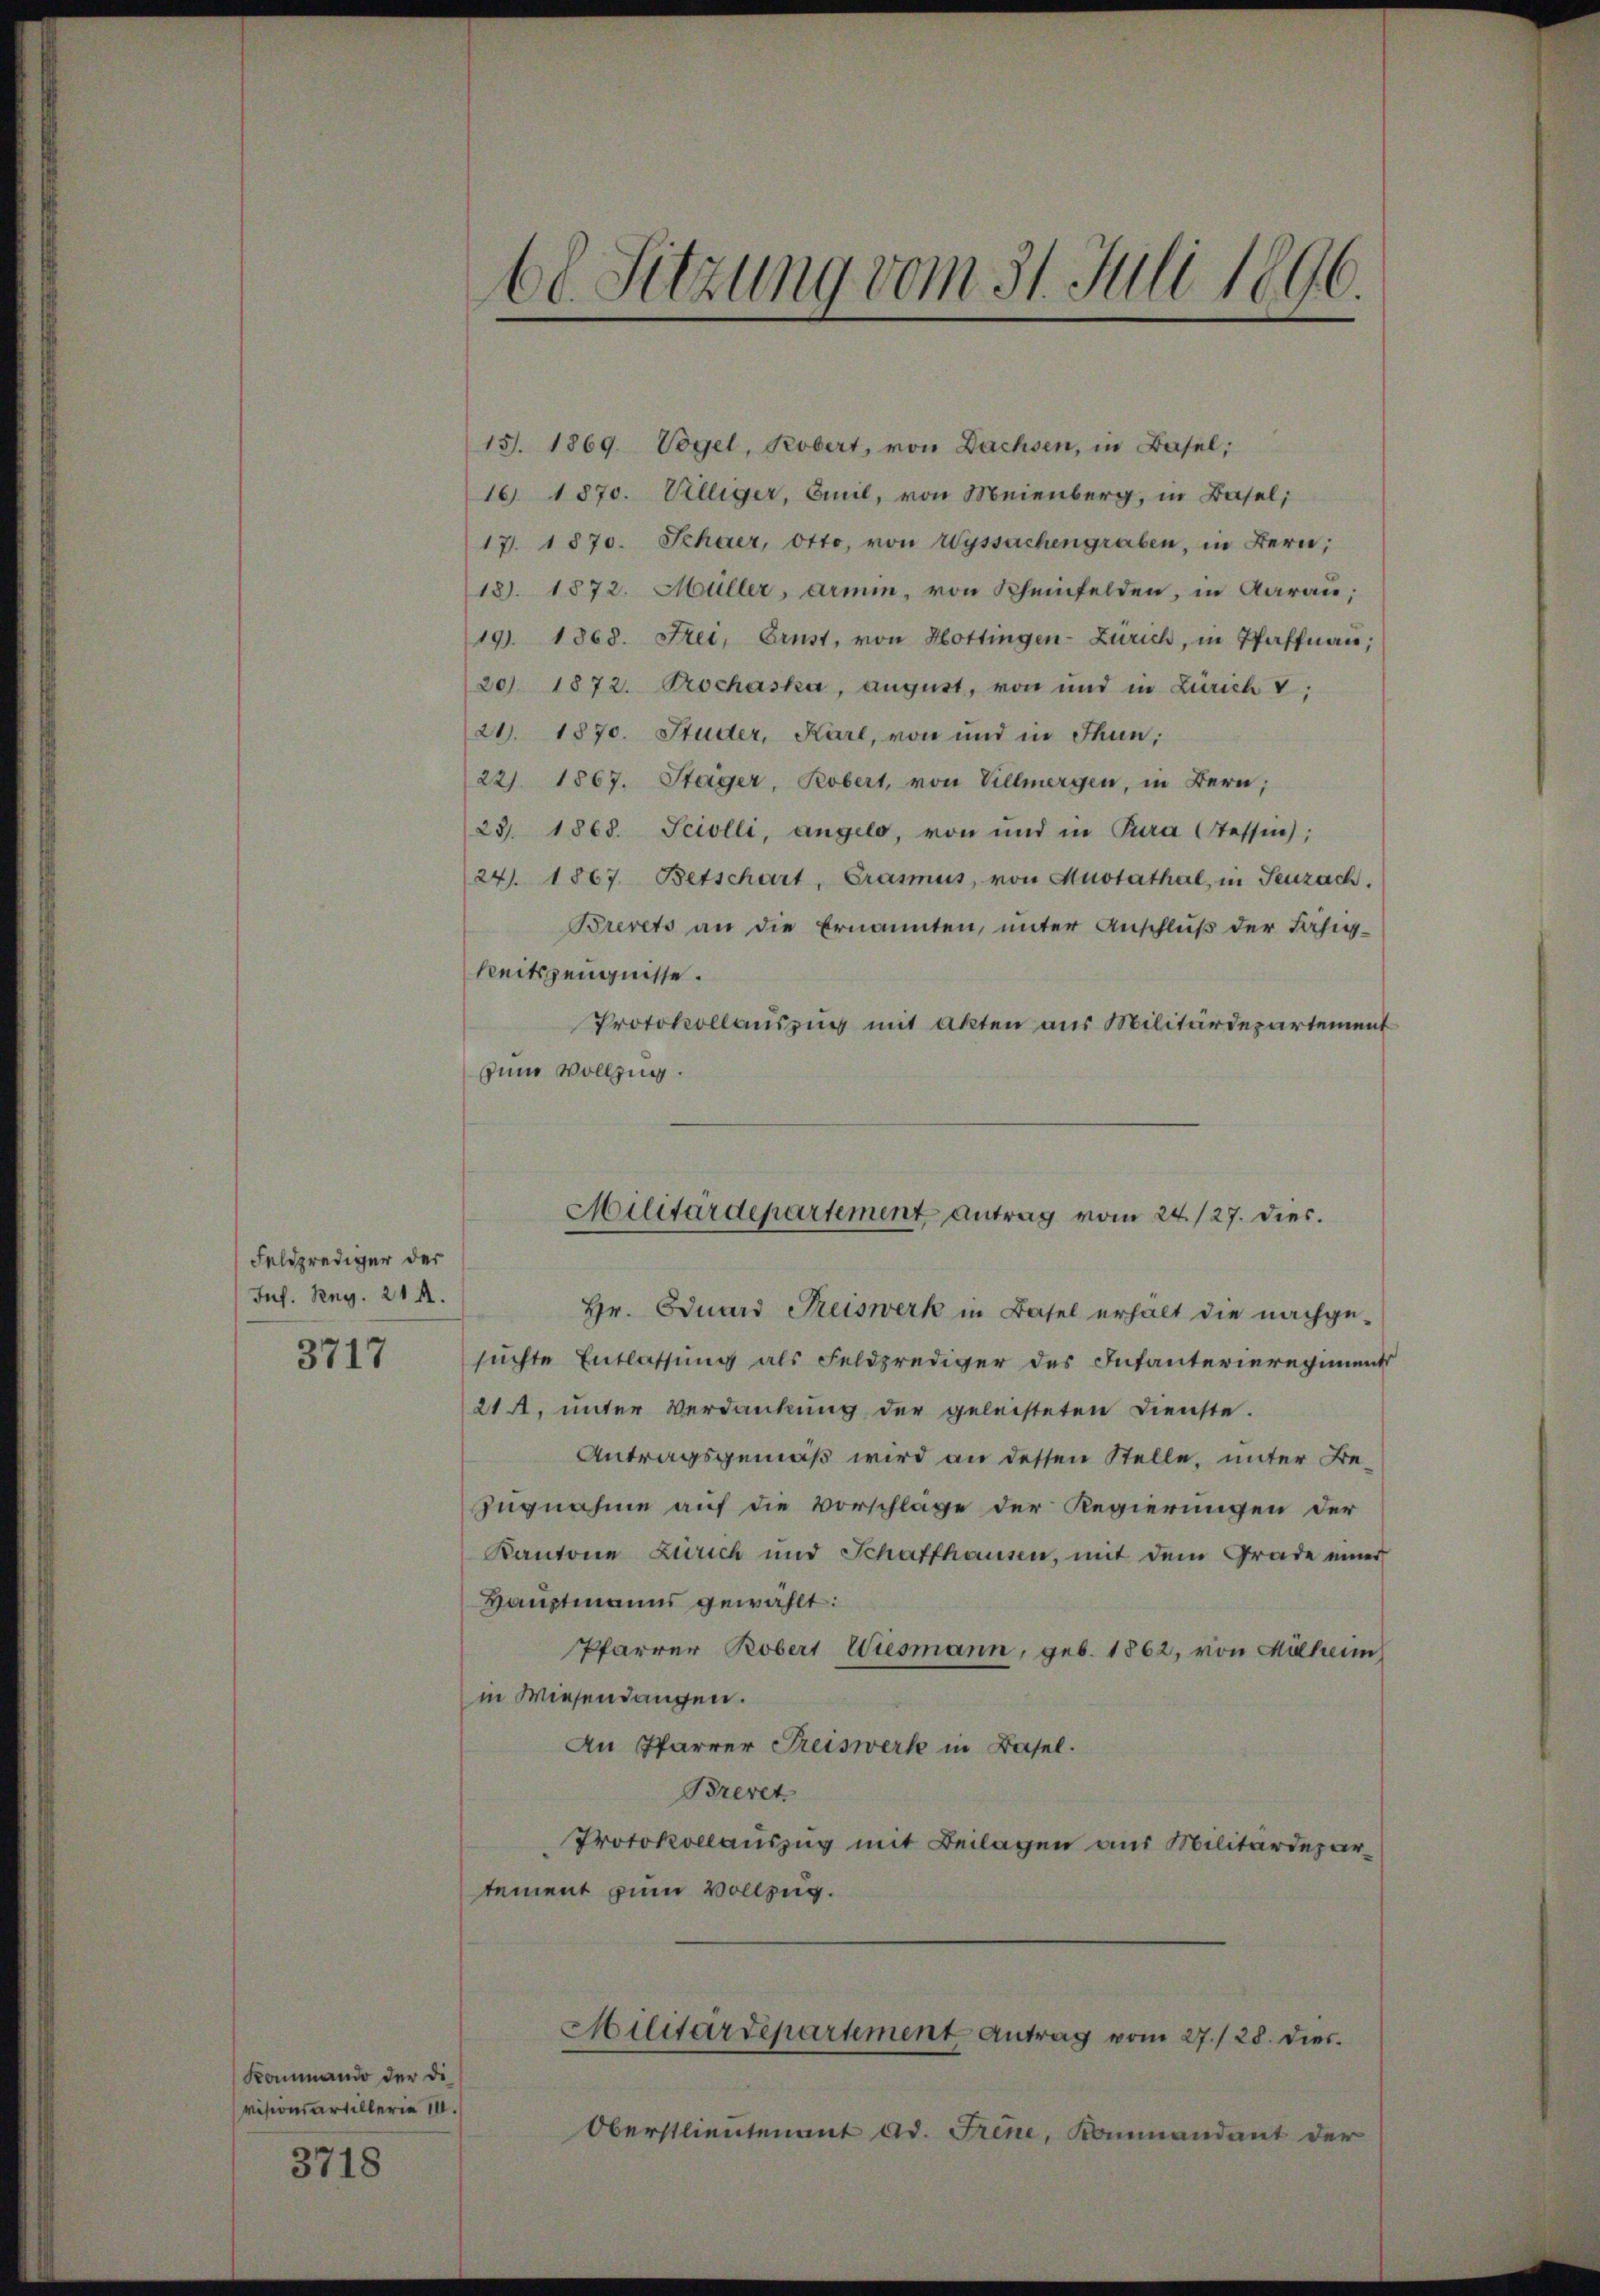
Feldprediger der
Juf. Reg. 214.

3717

Kommando der di
visionsartillerie 14.

3718

15. 1869. Vogel, Kobert, von Dachsen, in Basel;
16. 1870. Villiger, Emil, von Meienberg, in Basel,
17. 1870. Schwer, Otto, von Wyssachengraben, in Bern;
18). 1872. Müller, Armin, von Scheinfelden, in Aarau,
19. 1368. Frei, Ernst, von Hottingen-Zürich, in Pfaffnau;
201. 1872. Prochaska, august, von und in Zürich v
2. 1870. Studer, Karl, von und in Thun,
22. 1867. Stäger, Robert, von Villmergen, in Bern;
23. 1868. Seiolli, angelo, von und in Pra tessin;
24. 1867 Betschart, Grasmus, von Austathal, in Seuzach.
Brevets an die Ernannten, unter Anschluß der Fähig-
Reitszeugnisse.
Protokollauszug mit akten aus Militärdepartement
zum Vollzug.

6l Sitzung vom 31. Juli 1896.

Militärdepartement antrag vom 24./27. dies.

Hr. Eduard Freiswerk in Basel erhält die nachge-
suchte Entlassung als Feldprediger des Infanterieregiment
21 Al. unter Verdankung der geleisteten Dienste.
Antragsgemäß wird an dessen Stelle, unter Be-
Zugnahme auf die Vorschlage der Regierungen der
Kantone Zürich und Schaffhausen, mit dem Grade einer
Hauptmanns gewählt:
Pfarrer Robert Wiesmann, geb. 1862, von Mülhei
in Wiesendangen.
An Pfarrer Freiswerk in Basel.
Brevet
Protokollauszug mit Beilagen aus Militärdepartement zum Vollzug.

Oberstlieutenant ad. Frene, Kommandant der

Militärdepartement Antrag vom 27./28. dies